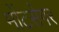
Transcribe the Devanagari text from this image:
मोंटसेगर